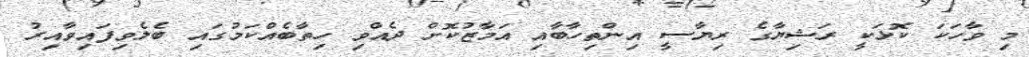
މި ވާހަކަ ކޮޅަކީ ރަޝިޔާގެ ރިޔާސީ އިންތިހާބާއި އަމާޒުކޮށް ދެއްވި ހިތާބެއްކަމުގައި ބެލެވިފައިވާއިރު